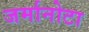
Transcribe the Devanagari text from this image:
जर्मानोटा